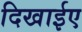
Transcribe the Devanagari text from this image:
दिखाईए